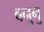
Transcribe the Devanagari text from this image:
वनुनु